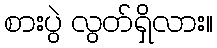
စားပွဲ လွတ်ရှိလား။